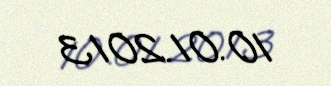
10.01.2013